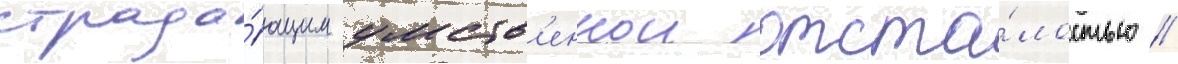
страда́ющим умств'еннои отста́лостью //